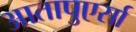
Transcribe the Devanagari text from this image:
आतापुएर्सा